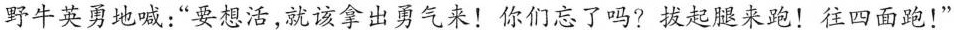
野牛英勇地喊：”要想活，就该拿出勇气来！你们忘了吗?拔起腿来跑！往四面跑！”